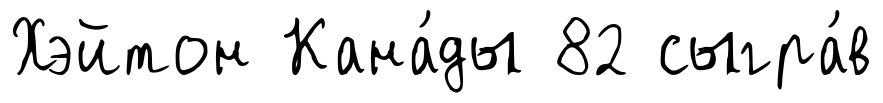
Хэйтон Кана́ды 82 сыгра́в